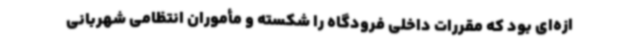
ازه‌ای بود که مقررات داخلی فرودگاه را شکسته و مأموران انتظامی شهربانی